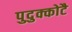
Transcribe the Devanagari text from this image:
पुदुक्कोटै